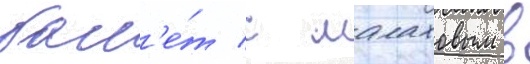
бал'е́т с малаховым в